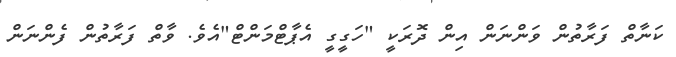
ކަނާތް ފަރާތުން ވަންނަން އިން ދޮރަކީ "ހަގީގީ އެޕާޓްމަންޓް"އެވެ. ވާތް ފަރާތުން ފެންނަން